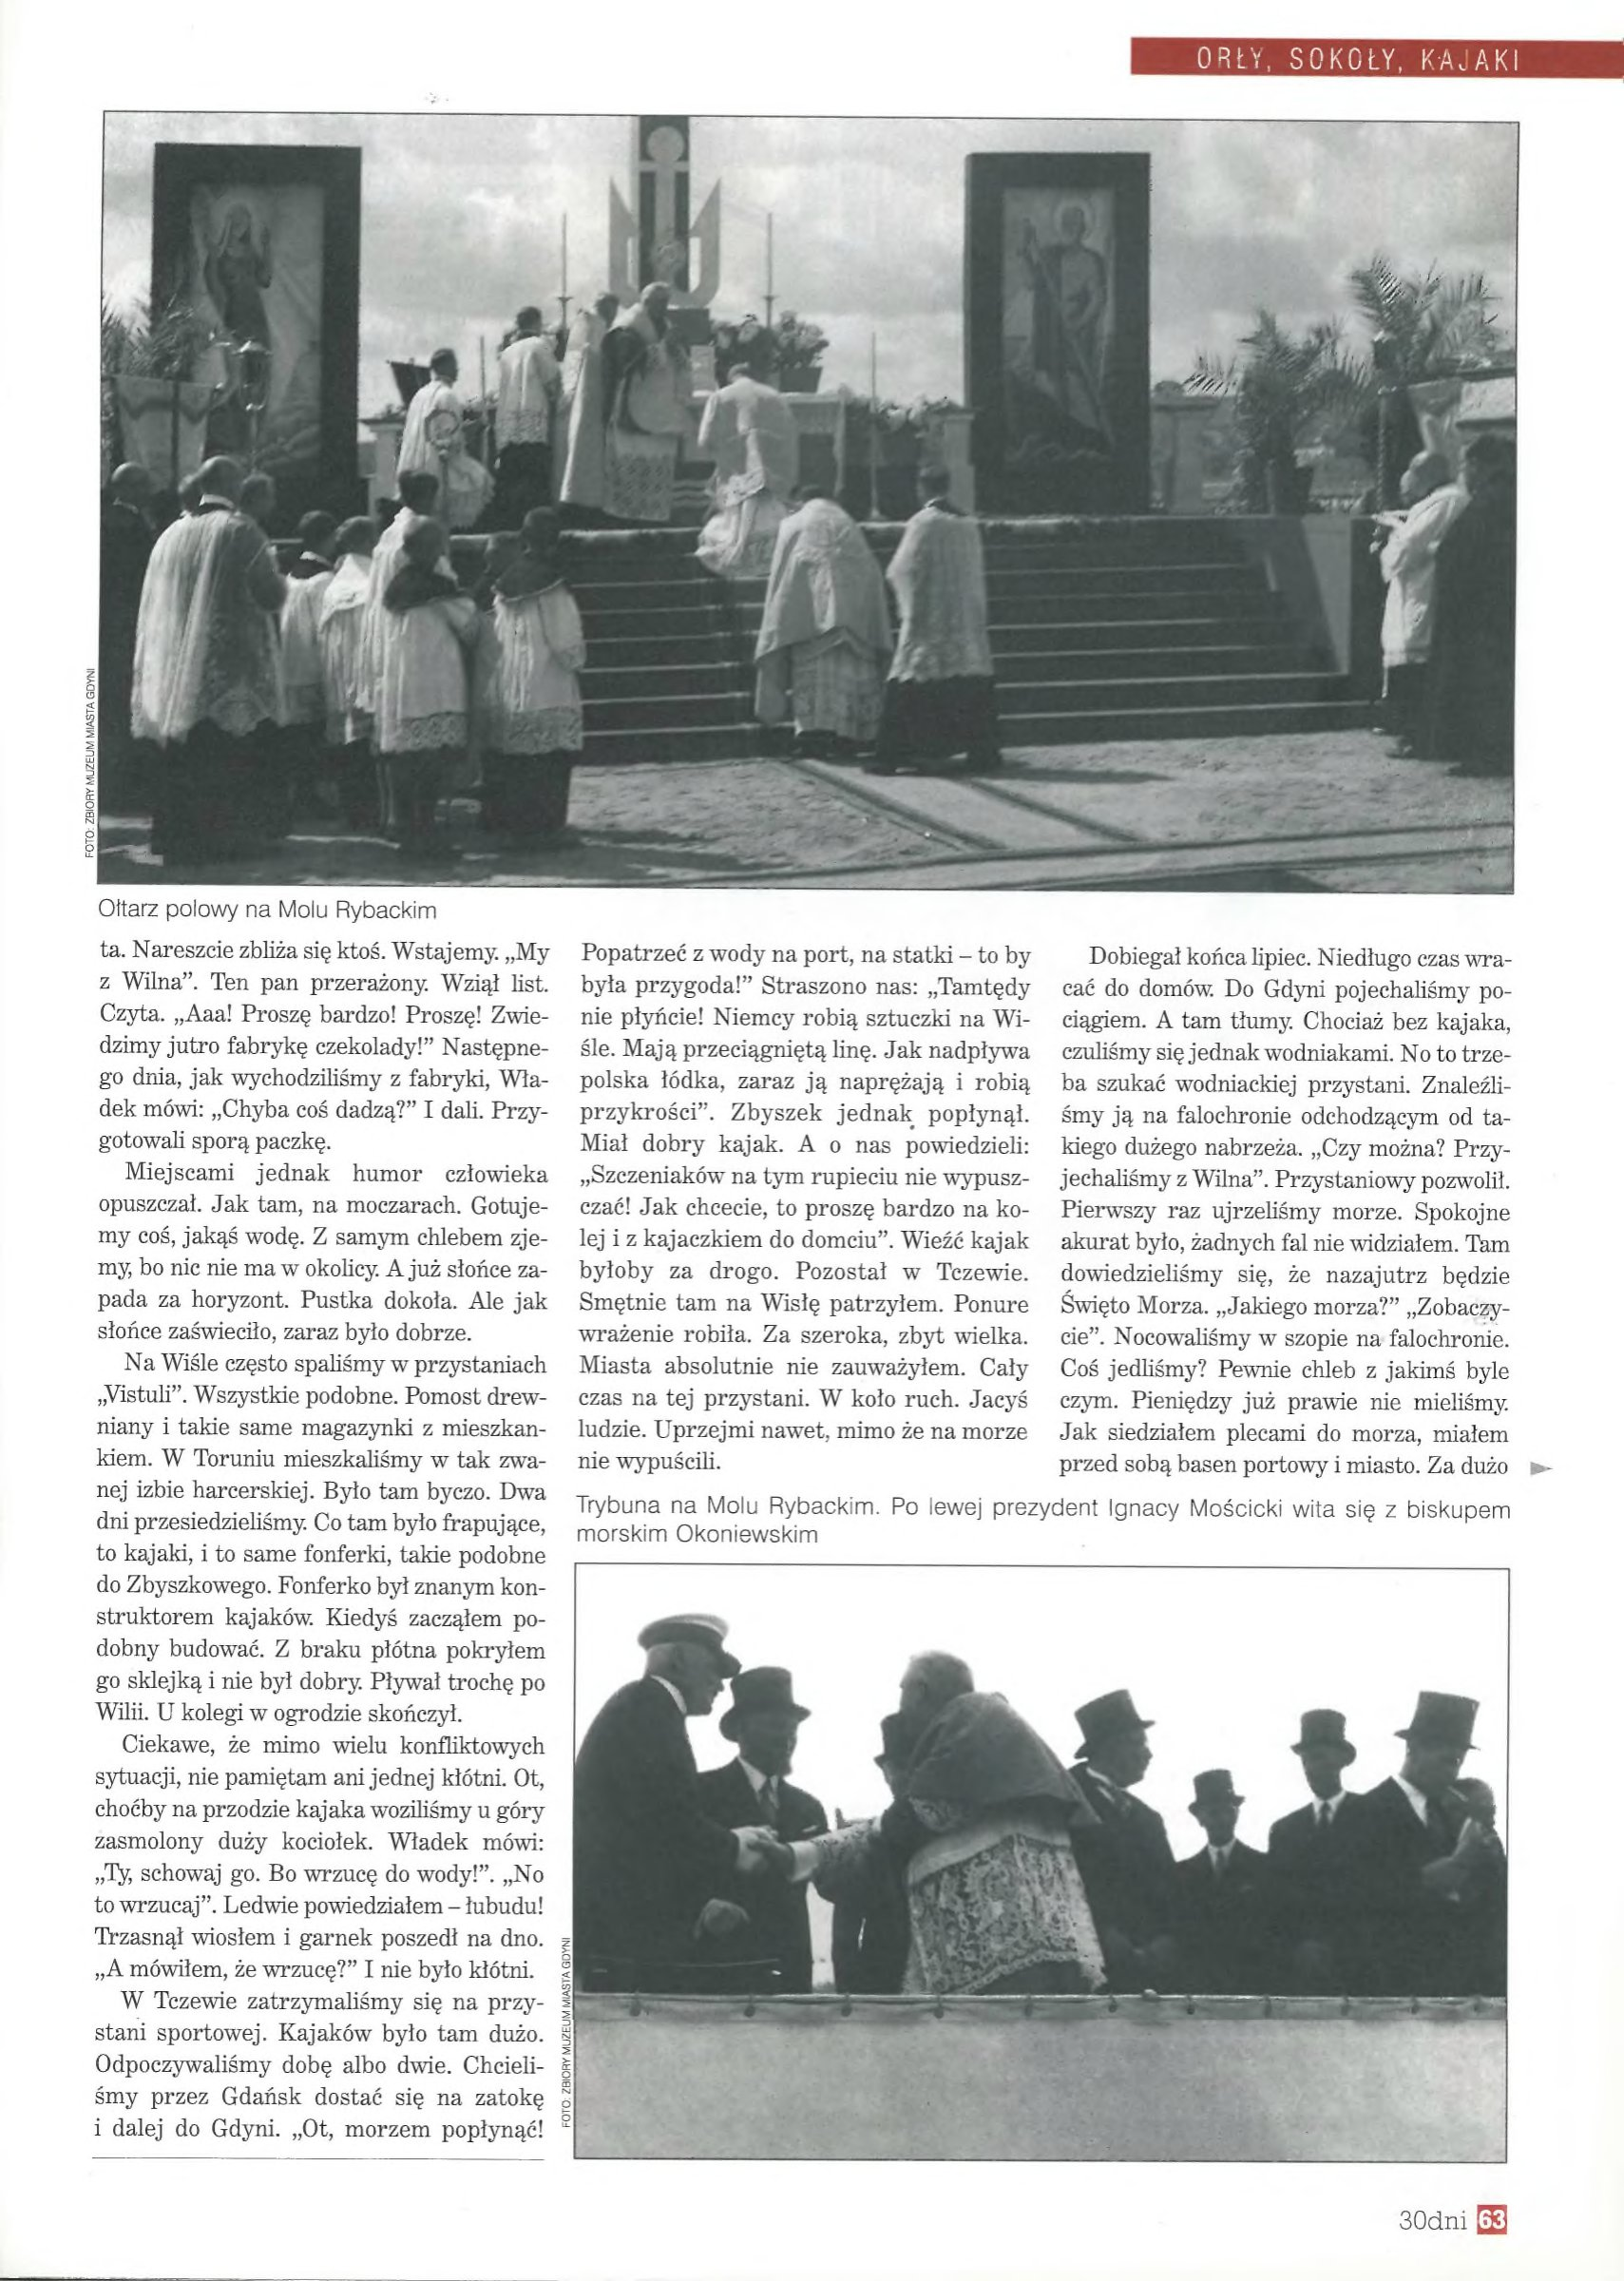
Language: pl